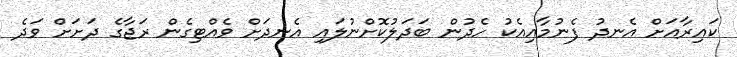
ކައިރާއަށް އެނދު ފެނުމާއިއެކު ހެދުން ބަދަލުކޮށްނުލައި އެނދަށް ވެއްޓިގެން ރަޖާގެ ދަށަށް ވަދެ